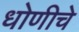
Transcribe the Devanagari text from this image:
धोणीचे